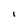
Character: I